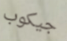
جيكوب